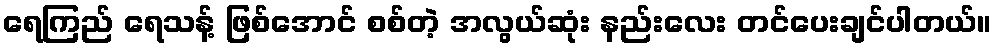
ရေကြည် ရေသန့် ဖြစ်အောင် စစ်တဲ့ အလွယ်ဆုံး နည်းလေး တင်ပေးချင်ပါတယ်။